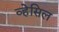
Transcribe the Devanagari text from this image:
व्हेसिल